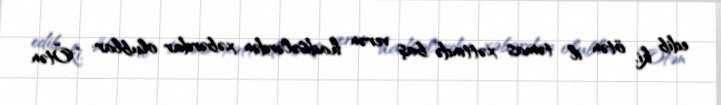
edib ki, ötən il təmas xəttində baş verən hadisələrdən xəbərdar olublar: “Ötən